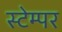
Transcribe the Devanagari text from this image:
स्टेम्पर